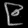
Digit: ၉